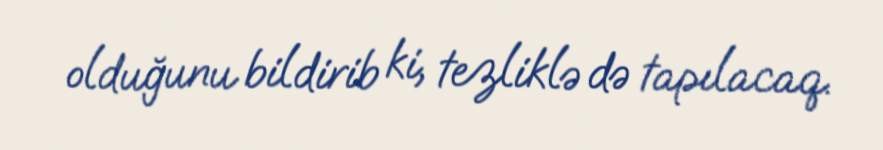
olduğunu bildirib ki, tezliklə də tapılacaq.